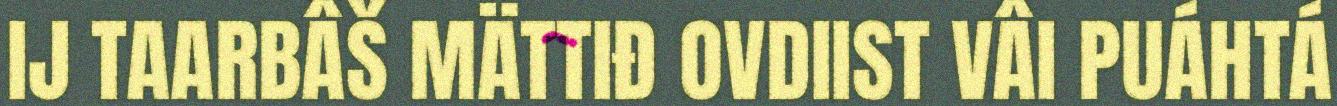
IJ TAARBÂŠ MÄTTIĐ OVDIIST VÂI PUÁHTÁ